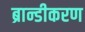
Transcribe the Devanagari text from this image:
ब्रान्डीकरण